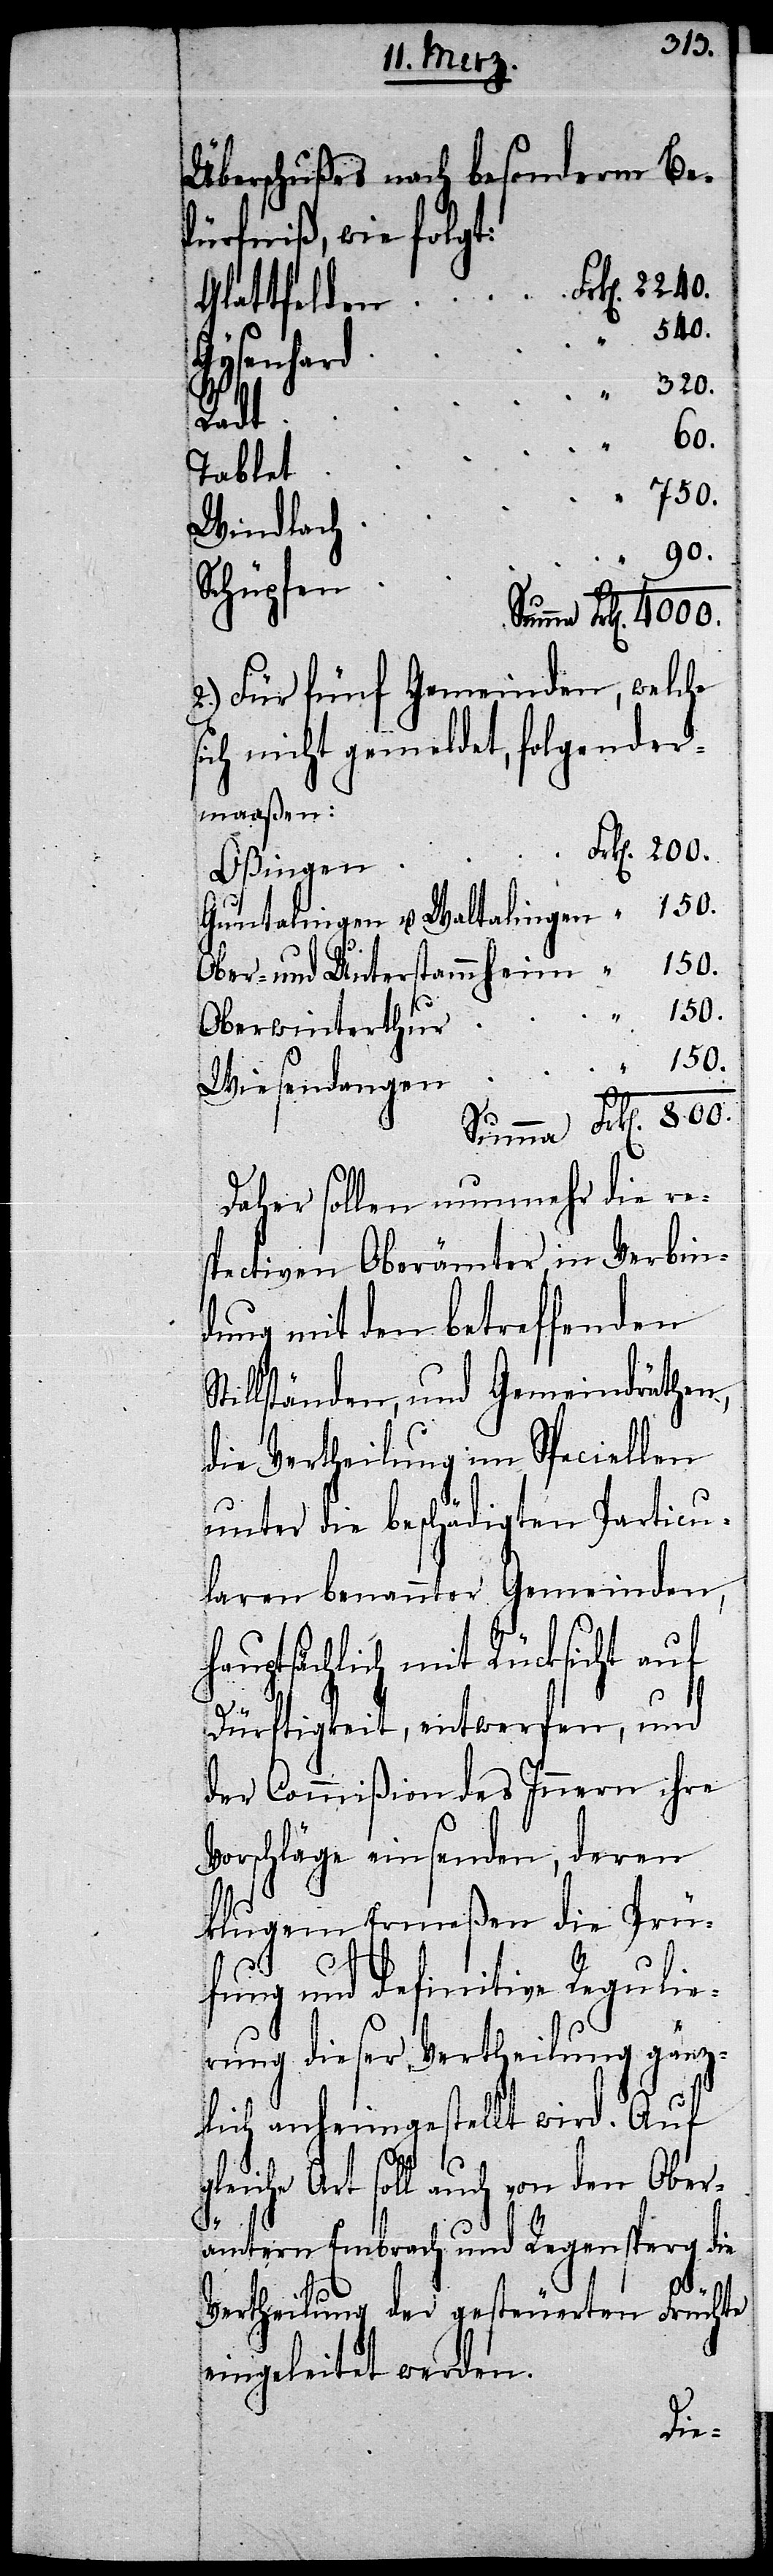
320.
Überschußes nach besonderm Be¬
dürfniß, wie folgt:
Gysenhard
Radt
Tablet
Windlach
800.
„
Schüpfen
2.) Für fünf Gemeinden, welche
sich nicht gemeldet, folgender¬
maaßen:
Oßingen
Guntalingen u. Waltalingen
Ober- und Unterstammheim
Oberwinterthur
150.
„
Wiesendangen
Daher sollen nunmehr die re¬
spectiven Oberämter, in Verbin¬
dung mit den betreffenden
tillständen, und Gemeindräthen,
die Vertheilung im Speciellen
unter die beschädigten Particu¬
laren benannter Gemeinden,
hauptsächlich mit Rücksicht auf
Dürftigkeit, entwerfen, und
der Commißion des Innern ihre
Vorschläge einsenden, deren
klugem Ermeßen die Prü¬
fung und definitive Regulie¬
rung dieser Vertheilung gänz¬
lich anheimgestellt wird. Auf
gleiche Art soll auch von den Ober¬
S¬
ämtern Embrach und Regensperg die
Vertheilung der gesteuerten Früchte
eingeleitet werden.